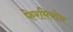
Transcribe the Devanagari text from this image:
फेरमियोन